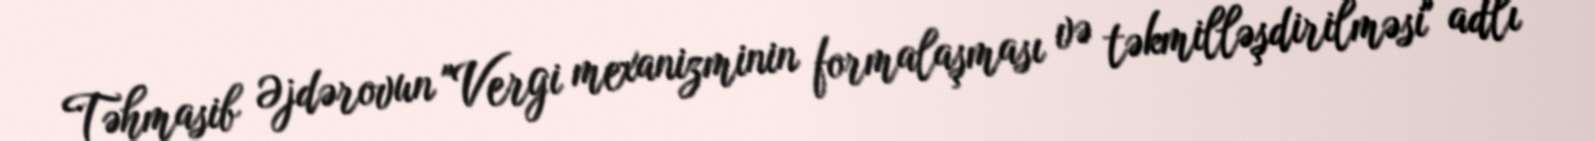
Təhmasib Əjdərovun "Vergi mexanizminin formalaşması və təkmilləşdirilməsi" adlı